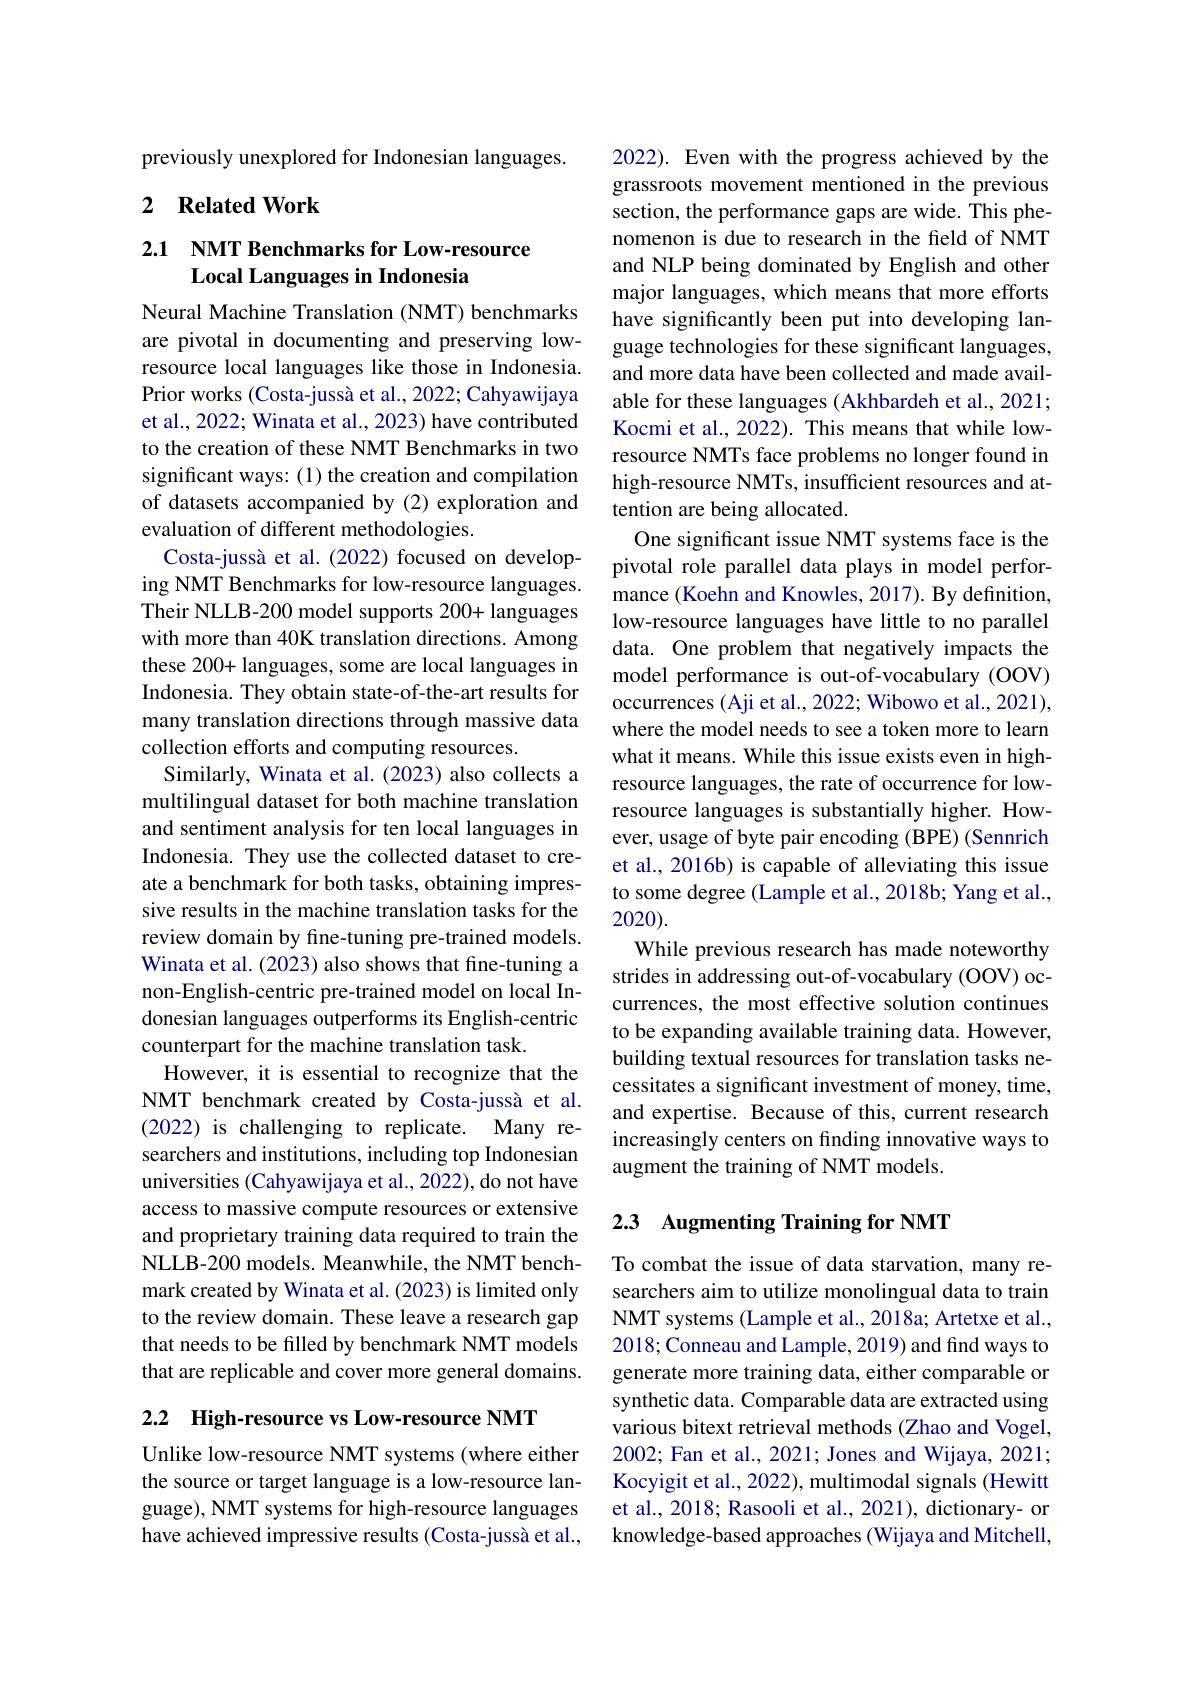
previously unexplored for Indonesian languages.

### 2 $\textbf{Related Work}$

## 2.1 NMT Benchmarks for Low-resource Local Languages in Indonesia

Neural Machine Translation (NMT) benchmarks are pivotal in documenting and preserving lowresource local languages like those in Indonesia. Prior works (Costa-jussà et al., 2022; Cahyawijaya et al., 2022; Winata et al., 2023) have contributed to the creation of these NMT Benchmarks in two significant ways: (1) the creation and compilation of datasets accompanied by (2) exploration and evaluation of different methodologies.
Costa-jussà et al.(2022) focused on developing NMT Benchmarks for low-resource languages. Their NLLB-200 model supports 200+ languages with more than 40K translation directions. Among these 200+ languages, some are local languages in Indonesia. They obtain state-of-the-art results for many translation directions through massive data collection efforts and computing resources.
Similarly, Winata et al. (2023) also collects a multilingual dataset for both machine translation and sentiment analysis for ten local languages in Indonesia. They use the collected dataset to create a benchmark for both tasks, obtaining impressive results in the machine translation tasks for the review domain by fine-tuning pre-trained models. Winata et al. (2023) also shows that fine-tuning a non-English-centric pre-trained model on local Indonesian languages outperforms its English-centric counterpart for the machine translation task.
However, it is essential to recognize that the NMT benchmark created by Costa-jussà et al. (2022) is challenging to replicate. Many researchers and institutions, including top Indonesian universities (Cahyawijaya et al., 2022), do not have access to massive compute resources or extensive and proprietary training data required to train the NLLB-200 models. Meanwhile, the NMT benchmark created by Winata et al. (2023) is limited only to the review domain. These leave a research gap that needs to be filled by benchmark NMT models that are replicable and cover more general domains.

2.2 High-resource vs Low-resource NMT

Unlike low-resource NMT systems (where either the source or target language is a low-resource language), NMT systems for high-resource languages have achieved impressive results (Costa-jussà et al.,

2022). Even with the progress achieved by the grassroots movement mentioned in the previous section, the performance gaps are wide. This phenomenon is due to research in the field of NMT and NLP being dominated by English and other major languages, which means that more efforts have significantly been put into developing language technologies for these significant languages, and more data have been collected and made available for these languages (Akhbardeh et al., 2021; Kocmi et al., 2022). This means that while lowresource NMTs face problems no longer found in high-resource NMTs, insufficient resources and attention are being allocated.
One significant issue NMT systems face is the pivotal role parallel data plays in model performance (Koehn and Knowles, 2017). By definition, low-resource languages have little to no parallel data. One problem that negatively impacts the model performance is out-of-vocabulary (OOV) occurrences (Aji et al., 2022; Wibowo et al., 2021), where the model needs to see a token more to learn what it means. While this issue exists even in highresource languages, the rate of occurrence for lowresource languages is substantially higher. However, usage of byte pair encoding (BPE) (Sennrich et al., 2016b) is capable of alleviating this issue to some degree (Lample et al., 2018b; Yang et al., 2020).
While previous research has made noteworthy strides in addressing out-of-vocabulary (OOV) occurrences, the most effective solution continues to be expanding available training data. However, building textual resources for translation tasks necessitates a significant investment of money, time, and expertise. Because of this, current research increasingly centers on finding innovative ways to augment the training of NMT models.

## 2.3 Augmenting Training for NMT

To combat the issue of data starvation, many researchers aim to utilize monolingual data to train NMT systems (Lample et al., 2018a; Artetxe et al., 2018; Conneau and Lample, 2019) and find ways to generate more training data, either comparable or synthetic data. Comparable data are extracted using various bitext retrieval methods (Zhao and Vogel, 2002; Fan et al., 2021; Jones and Wijaya, 2021; Kocyigit et al., 2022), multimodal signals (Hewitt et al., 2018; Rasooli et al., 2021), dictionary- or knowledge-based approaches (Wijaya and Mitchell,